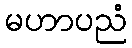
မဟာပညံ